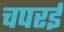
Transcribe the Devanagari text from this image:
चपरई